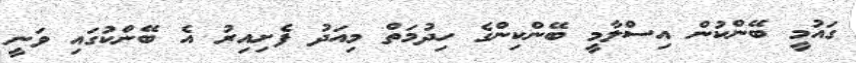
ގައުމީ ބޭންކުން އިސްލާމީ ބޭންކިންގެ ހިދުމަތް މިއަދު ފެށިއިރު އެ ބޭންކުގައި ވަނީ